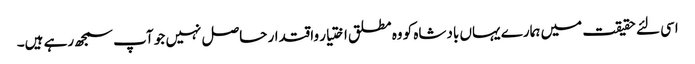
اسی لئے حقیقت میں ہمارے یہاں بادشاه کو وه مطلق اختیار واقتدار حاصل نہیں جو آپ سمجھ رہے ہیں۔